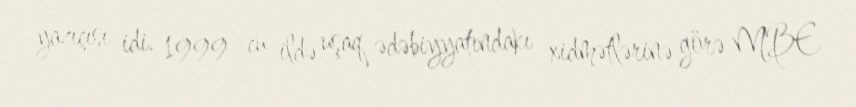
yazıçısı idi. 1999 -cu ildə uşaq ədəbiyyatındakı xidmətlərinə görə MBE